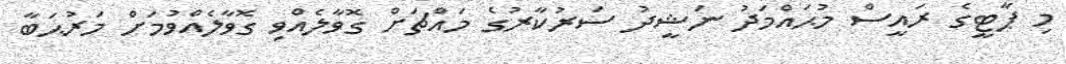
މި ޕާޓީގެ ރައީސް މުޙައްމަދު ނަޝީދު ސަރުކާރުގެ މައްޗަށް ގޮވާލެއްވި ގޮވާލެއްވުމަށް މަރުޙަބާ